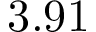
3 . 9 1